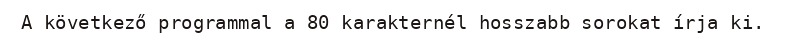
A következő programmal a 80 karakternél hosszabb sorokat írja ki.